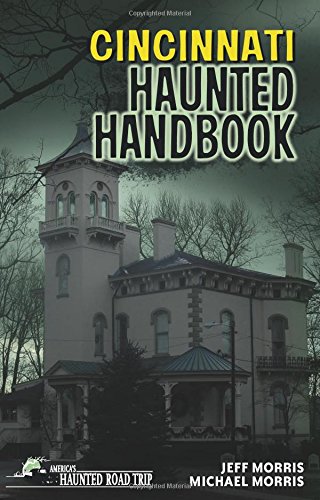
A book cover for Cincinnati Haunted Handbook; Jeff Morris; Travel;